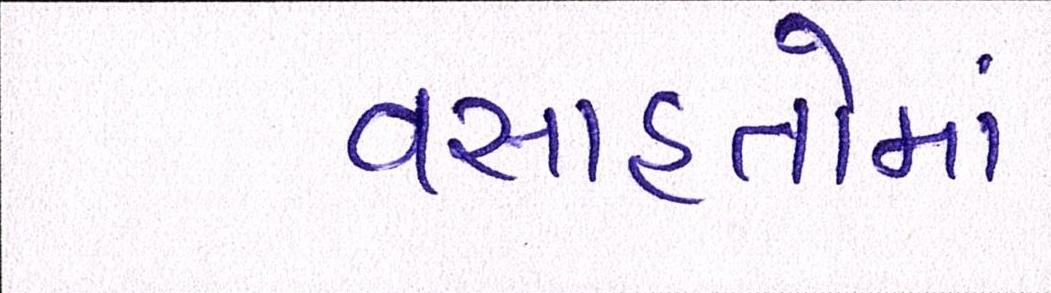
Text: વસાહતોમાં